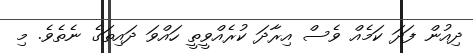
ދިއުން ފަދަ ކަމެއް ވެސް އިރާދަ ކުރެއްވީތީ ހައްވަ ދައިތަގެ ނެތެވެ. މި